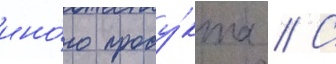
ино́го проду́кта // С